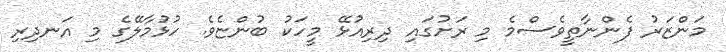
މަންޒަރު ފެންނާތީވެސްމެ މި ރަށުގައި ދިރިއުޅޭ މީހަކު ބުންޏެވެ. ހުޅުމާލޭގެ މި އަނދިރި